Document type: Sale
Year: 1423
Scribe: Joan Franc
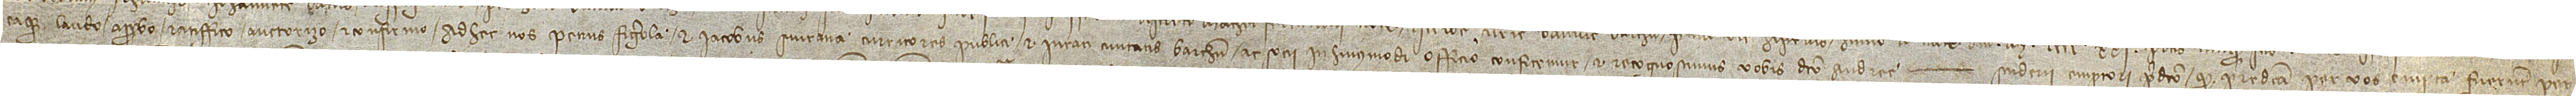
eaque laudo, approbo, ratiffico, auctorizo et confirmo. Ad hec nos Petrus Figerola et Iacobus Siurana, curritores publici et iurati civitatis Barchinone ac socii in huiusmodi officio, confitemur et recognoscimus vobis dicto Andree Scuderii, emptori predicto, quod predicta per vos empta fuerunt per